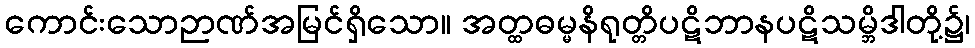
ကောင်းသောဉာဏ်အမြင်ရှိသော။ အတ္ထဓမ္မနိရုတ္တိပဋိဘာနပဋိသမ္ဘိဒါတို့၌၊